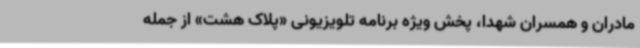
مادران و همسران شهدا، پخش ویژه برنامه تلویزیونی «پلاک هشت» از جمله